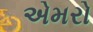
એમરો